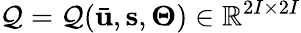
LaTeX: \mathcal{Q}=\mathcal{Q}(\bar{\mathbf{u}},\mathbf{s},\mathbf{\Theta})\in\mathbb{R}^{2I\times 2I}